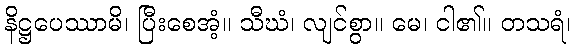
နိဋ္ဌပေဿာမိ၊ ပြီးစေအံ့။ သီဃံ၊ လျင်စွာ။ မေ၊ ငါ၏။ တသရံ၊